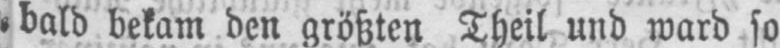
bald bekam den größten Theil und ward so